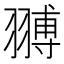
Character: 䎔